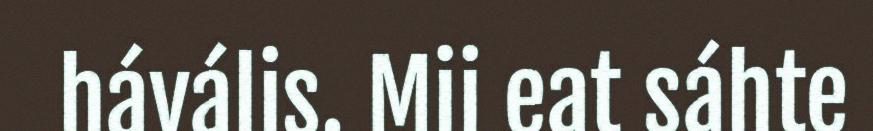
hávális. Mii eat sáhte